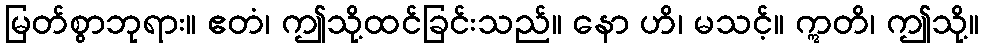
မြတ်စွာဘုရား။ ဧတံ၊ ဤသို့ထင်ခြင်းသည်။ နော ဟိ၊ မသင့်။ ဣတိ၊ ဤသို့။